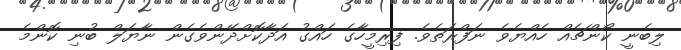
ލިބެނީ ކޯންޗެއް ހެއްޔެވެ ނަފްރަތެވެ. ފިރިމީހާގެ ހައްގު އަދާކޮށްދޭންވެގެން ނާޔަލް ބުނި ކޮންމެ